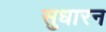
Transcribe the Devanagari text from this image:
सुधारन